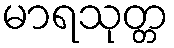
မာရသုတ္တ